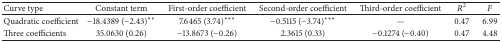
<table><thead><tr><td><b>Curve type</b></td><td><b>Constant term</b></td><td><b>First-order coefficient</b></td><td><b>Second-order coefficient</b></td><td><b>Third-order coefficient</b></td><td><b><i>R</i><sup>2</sup></b></td><td><b><i>F</i></b></td></tr></thead><tbody><tr><td>Quadratic coefficient</td><td>−18.4389 (−2.43)**</td><td>7.6465 (3.74)***</td><td>−0.5115 (−3.74)***</td><td>—</td><td>0.47</td><td>6.99</td></tr><tr><td>Three coefficients</td><td>35.0630 (0.26) </td><td>−13.8673 (−0.26)</td><td>2.3615 (0.33) </td><td>−0.1274 (−0.40)</td><td>0.47</td><td>4.48</td></tr></tbody></table>